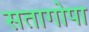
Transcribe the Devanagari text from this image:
सतागोपा